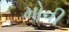
મોવી